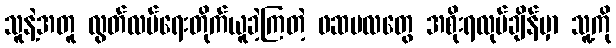
သူနဲ့အတူ လွတ်လပ်ရေးတိုက်ယူခဲ့ကြတဲ့ ဖဆပလတွေ အစိုးရလုပ်ချိန်မှာ သူ့ကို